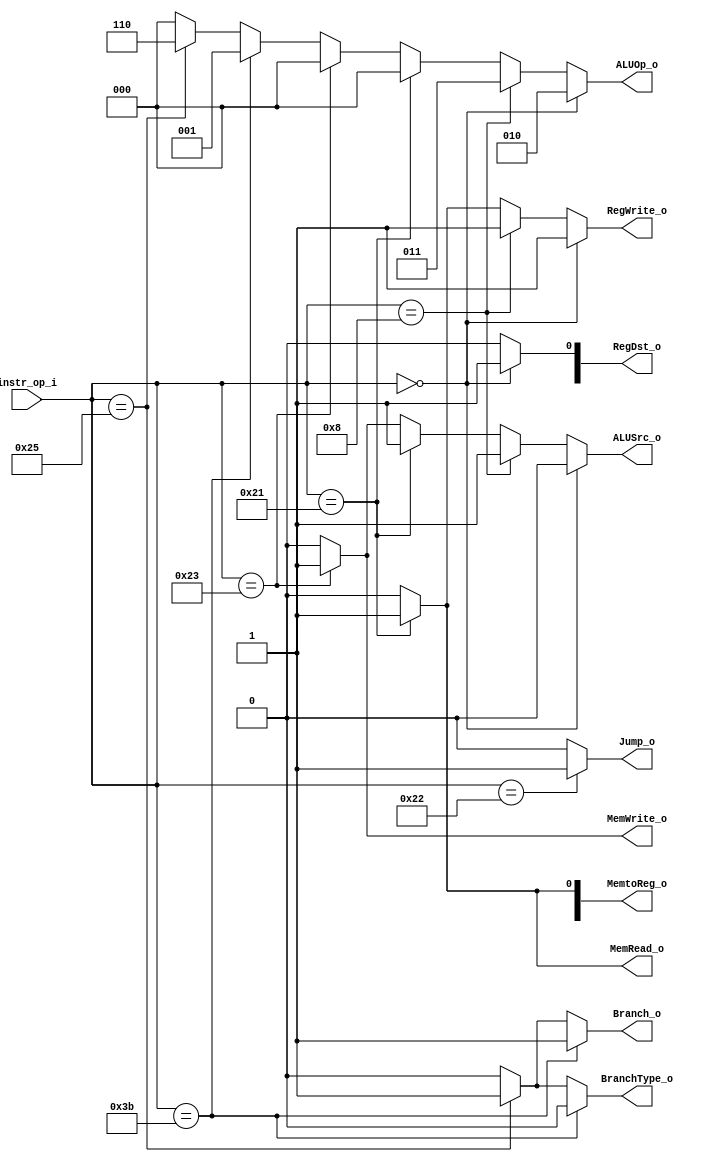
module Decoder( instr_op_i, RegWrite_o,	ALUOp_o, ALUSrc_o, RegDst_o, Jump_o, Branch_o, BranchType_o, MemWrite_o, MemRead_o, MemtoReg_o);
     
//I/O ports
input	[6-1:0] instr_op_i;

output			RegWrite_o;
output	[3-1:0] ALUOp_o;
output			ALUSrc_o;
output	[2-1:0]	RegDst_o, MemtoReg_o;
output			Jump_o, Branch_o, BranchType_o, MemWrite_o, MemRead_o;
 
//Internal Signals
wire	[3-1:0] ALUOp_o;
wire			ALUSrc_o;
wire			RegWrite_o;
wire	[2-1:0]	RegDst_o, MemtoReg_o;
wire			Jump_o, Branch_o, BranchType_o, MemWrite_o, MemRead_o;

//Main function
/*your code here*/

assign RegWrite_o = (instr_op_i == 6'b000000) ? 1'b1:  //R-format
                   (instr_op_i == 6'b001000) ? 1'b1:  // addi
                   (instr_op_i == 6'b100001) ? 1'b1:  //  lw
                   1'b0;
assign ALUOp_o = (instr_op_i == 6'b000000) ? 3'b010:  //R-format
                (instr_op_i == 6'b001000) ? 3'b011:  // addi
                (instr_op_i == 6'b100001) ? 3'b000:  // lw
                (instr_op_i == 6'b100011) ? 3'b000:  // sw
                (instr_op_i == 6'b111011) ? 3'b001:  // beq
                (instr_op_i == 6'b100101) ? 3'b110:  // bne
                3'b000;
assign ALUSrc_o = (instr_op_i == 6'b000000) ? 1'b0:  // R-format
                 (instr_op_i == 6'b001000) ? 1'b1:  // addi
                 (instr_op_i == 6'b100001) ? 1'b1:  // lw
                 (instr_op_i == 6'b100011) ? 1'b1:  // sw
                 1'b0;
assign RegDst_o[0] = (instr_op_i == 6'b000000) ? 1'b1:  // R-format
                 (instr_op_i == 6'b001000) ? 1'b0:  // addi
                 1'b0;
assign MemtoReg_o[0] = (instr_op_i == 6'b100001) ? 1'b1:  // lw
                 1'b0;
assign Jump_o = (instr_op_i == 6'b100010) ? 1'b1:  // jump
               1'b0;
assign Branch_o = (instr_op_i == 6'b111011) ? 1'b1:  // beq
                 (instr_op_i == 6'b100101) ? 1'b1:  // bne
                 1'b0;
assign BranchType_o = (instr_op_i == 6'b111011) ? 1'b0:  // beq
                     (instr_op_i == 6'b100101) ? 1'b1:  // bne
                     1'b0;
assign MemWrite_o = (instr_op_i == 6'b100011) ? 1'b1:  // sw
                   1'b0;
assign MemRead_o = (instr_op_i == 6'b100001) ? 1'b1:  // lw
                  1'b0;
endmodule